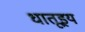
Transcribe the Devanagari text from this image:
धातूइय